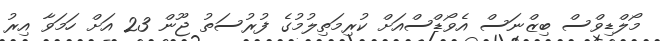
މޯލްޑިވްސް ބިޒްނަސް އެވޯޑްސްއަށް ކުރިމަތިލުމުގެ ފުރުސަތު ޖޫން 23 އަށް ހަމަވާ އިރު